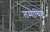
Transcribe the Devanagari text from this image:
तमाविष्ट